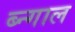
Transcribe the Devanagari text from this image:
ब्न्गाल